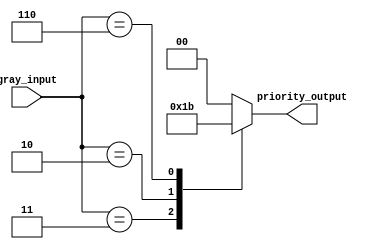
module gray_priority_encoder(
    input [3:0] gray_input,
    output reg [1:0] priority_output
);

always @* begin
    case(gray_input)
        4'b0001: priority_output = 2'b00;  //highest priority
        4'b0011: priority_output = 2'b01;
        4'b0010: priority_output = 2'b10;
        4'b0110: priority_output = 2'b11;
        default: priority_output = 2'b00;
    endcase
end

endmodule